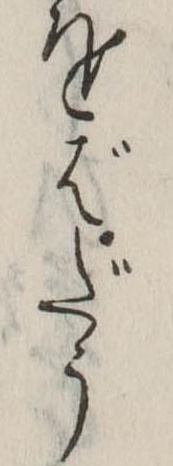
をばだう